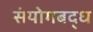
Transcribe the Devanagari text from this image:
संयोगबद्ध